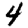
Digit: 4